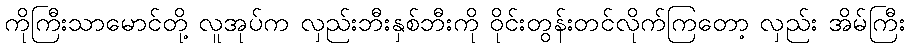
ကိုကြီးသာမောင်တို့ လူအုပ်က လှည်းဘီးနှစ်ဘီးကို ဝိုင်းတွန်းတင်လိုက်ကြတော့ လှည်း အိမ်ကြီး